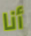
أنا